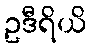
ဥဒီရိယိ